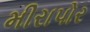
મીરાપોર